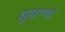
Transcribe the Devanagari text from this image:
घुसण्या